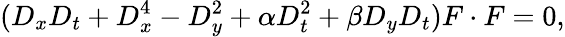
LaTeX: (D_{x}D_{t}+D_{x}^{4}-D_{y}^{2}+\alpha D_{t}^{2}+\beta D_{y}D_{t})F\cdot F=0,